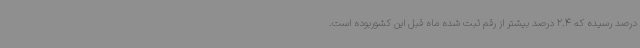
درصد رسیده که 2.4 درصد بیشتر از رقم ثبت شده ماه قبل این کشوربوده است.